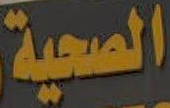
الصحية